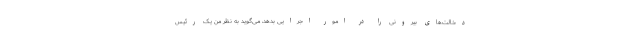
دخالت‌های بیرونی را در امور اجرایی بدهد، می‌گوید به نظر من یک رئیس